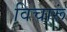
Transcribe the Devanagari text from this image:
विचारूं